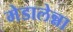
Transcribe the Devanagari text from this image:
मेडालेन्ना